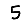
Digit: 5